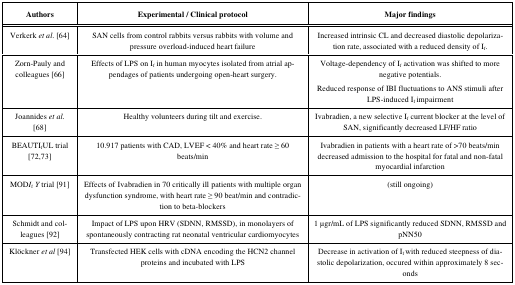
<table><thead><tr><td><b>Authors</b></td><td><b>Experimental /Clinical protocol</b></td><td><b>Major findings</b></td></tr></thead><tbody><tr><td>Verkerk <i>et al</i>. [64]</td><td>SAN cells from control rabbits versus rabbits withvolume and pressure overload-induced heart failure</td><td>Increased intrinsic CL and decreased diastolicdepolarization rate, associated with a reduced density of I<sub>f</sub>.</td></tr><tr><td>Zorn-Pauly and colleagues [66]</td><td>Effects of LPS on I<sub>f</sub> in human myocytesisolated from atrial appendages of patients undergoing open-heartsurgery. </td><td>Voltage-dependency of I<sub>f</sub> activation wasshifted to more negative potentials.Reduced response of IBI fluctuations to ANSstimuli after LPS-induced I<sub>f </sub>impairment</td></tr><tr><td>Joannides <i>et al. </i>[68]</td><td>Healthy volunteers during tilt and exercise.</td><td>Ivabradien, a new selective I<sub>f</sub> currentblocker at the level of SAN, significantly decreased LF/HF ratio</td></tr><tr><td>BEAUTI<sub>f</sub>UL trial [72,73]</td><td>10.917 patients with CAD, LVEF &lt; 40% and heartrate ≥ 60 beats/min</td><td>Ivabradien in patients with a heart rate of &gt;70beats/min decreased admission to the hospital for fatal and non-fatalmyocardial infarction </td></tr><tr><td>MOD<i>I</i><sub>f</sub><i>Y</i> trial [91]</td><td>Effects ofIvabradien in 70 critically ill patients with multiple organ dysfunctionsyndrome, with heart rate ≥ 90 beat/min and contradiction tobeta-blockers </td><td>(still ongoing)</td></tr><tr><td>Schmidt and colleagues [92]</td><td>Impact of LPS upon HRV (SDNN, RMSSD), inmonolayers of spontaneously contracting rat neonatal ventricularcardiomyocytes</td><td>1 μgr/mL of LPSsignificantly reduced SDNN, RMSSD and pNN50</td></tr><tr><td>Klöckner <i>et al</i> [94]</td><td>Transfected HEK cells with cDNA encoding the HCN2channel proteins and incubated with LPS</td><td>Decrease in activation of I<sub>f </sub>withreduced steepness of diastolic depolarization, occured withinapproximately 8 seconds</td></tr></tbody></table>